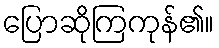
ပြောဆိုကြကုန်၏။